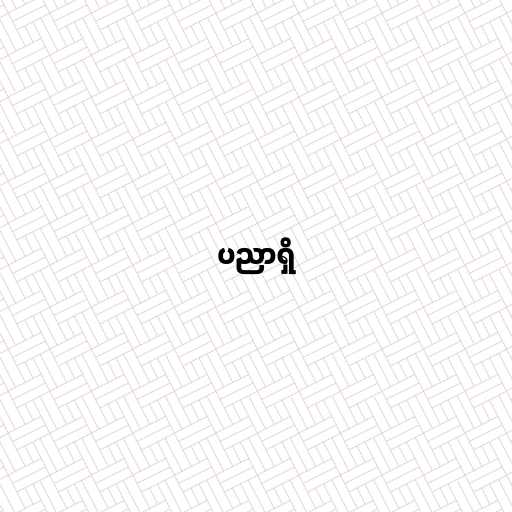
ပညာရှိ